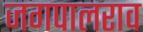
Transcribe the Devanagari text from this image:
जगपालराव